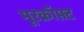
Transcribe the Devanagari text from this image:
मूरक्रॉफ़्ट